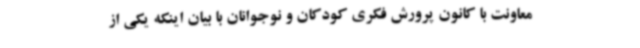
معاونت با کانون پرورش فکری کودکان و نوجوانان با بیان اینکه یکی از